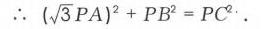
\(\therefore (\sqrt{3}PA)^{2}+PB^{2}=PC^{2}\).